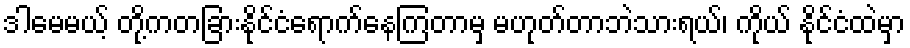
ဒါမေမယ့် တို့ကတခြားနိုင်ငံရောက်နေကြတာမှ မဟုတ်တာဘဲသားရယ်၊ ကိုယ် နိုင်ငံထဲမှာ